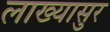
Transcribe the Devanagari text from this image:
लाख्यासुर